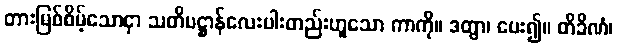
တားမြစ်စိမ့်သောငှာ သတိပဋ္ဌာန်လေးပါးတည်းဟူသော ကာကို။ ဒတွာ၊ ပေး၍။ တိခိဏံ၊